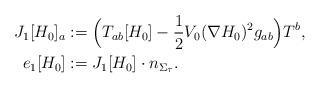
LaTeX: \begin{align*}J_1[H_0]_a&:=\Big(T_{ab}[H_0]-\frac{1}{2}V_0 (\nabla H_0)^2 g_{ab}\Big)T^b,\\e_1[H_0] &:=J_1[H_0]\cdot n_{\Sigma_\tau}.\end{align*}